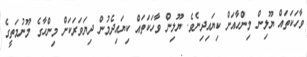
ވާހަކަތައް ޔޫލިން މިންހާއަށް ކިޔައިދިނެވެ. ޔޫލިން ވާހަކަތައް ކިޔައިދެމުން ދިޔަވަރަަކަށް މިންހާގެ މޫނުމަތީގެ